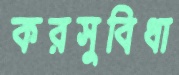
করসুবিধা